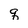
Character: q